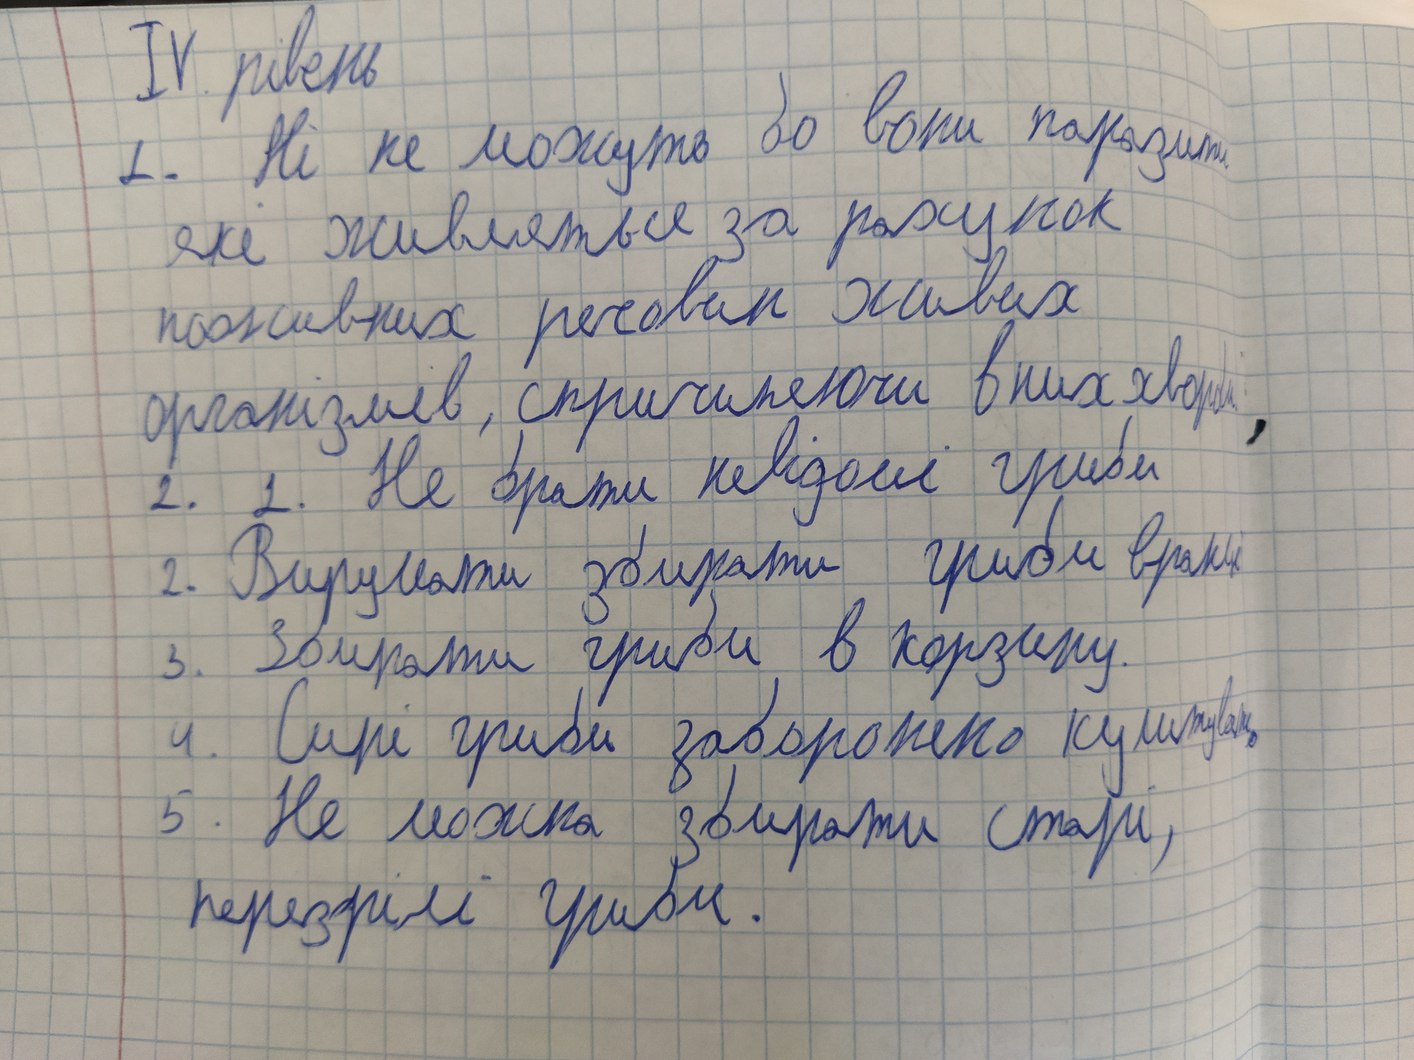
IV рівень
1. Ні не можна бо вони паразити.
які живляться за рахунок
поживних речовин живих
організмів, спричиняючи в них хвороби
2. 1. Не брати невідомі гриби
2. Вирушати збирати гриби вранці
Збирати гриби в корзину
4. Сирі гриби заборонено куштувати
5. Не можна збирати старі,
перезрілі гриби